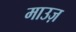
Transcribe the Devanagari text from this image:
माउज़